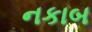
નકાબ